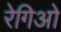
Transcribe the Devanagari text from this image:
रेगिओ